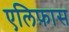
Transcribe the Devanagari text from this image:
एलिफ़ास